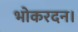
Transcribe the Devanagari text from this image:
भोकरदन।